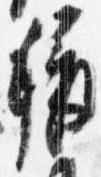
称